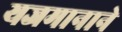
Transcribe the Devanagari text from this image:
यजमानाने